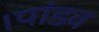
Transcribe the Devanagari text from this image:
।पांडव